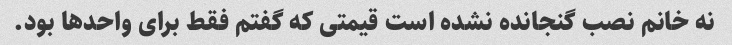
نه خانم نصب گنجانده نشده است قیمتی که گفتم فقط برای واحدها بود.